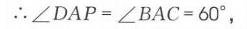
$\therefore\angle DAP=\angle BAC = 60^{\circ},$